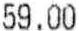
59.00